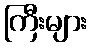
ကြီးများ